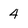
Character: 4